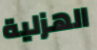
الهزلية